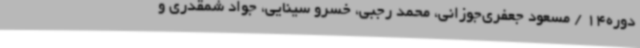
دوره14 / مسعود جعفری‌جوزانی، محمد رجبی، خسرو سینایی، جواد شمقدری و